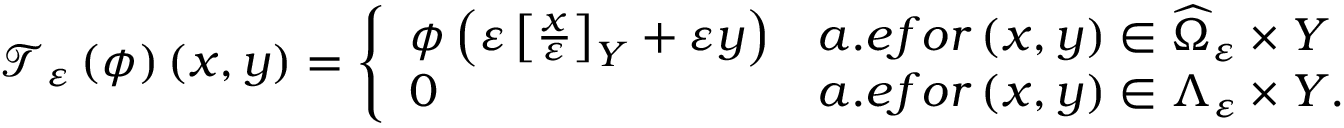
\mathcal { T } _ { \varepsilon } \left( \phi \right) \left( x , y \right) = \left\{ \begin{array} { l l } { \phi \left( \varepsilon \left[ \frac { x } { \varepsilon } \right] _ { Y } + \varepsilon y \right) } & { a . e f o r \left( x , y \right) \in \widehat { \Omega } _ { \varepsilon } \times Y } \\ { 0 } & { a . e f o r \left( x , y \right) \in \Lambda _ { \varepsilon } \times Y . } \end{array} \right.